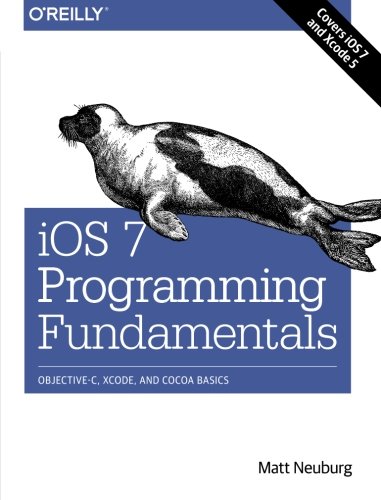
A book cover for iOS 7 Programming Fundamentals: Objective-C, Xcode, and Cocoa Basics; Matt Neuburg; Computers & Technology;